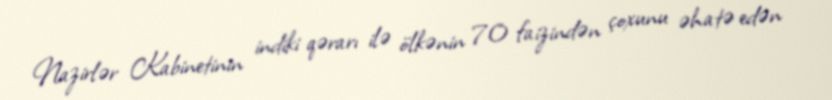
Nazirlər Kabinetinin indiki qərarı ilə ölkənin 70 faizindən çoxunu əhatə edən